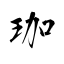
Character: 珈